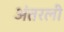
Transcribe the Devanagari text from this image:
अंतरली